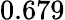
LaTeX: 0.679